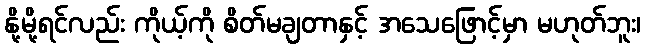
နို့မို့ရင်လည်း ကိုယ့်ကို စိတ်မချတာနှင့် အသေဖြောင့်မှာ မဟုတ်ဘူး၊